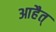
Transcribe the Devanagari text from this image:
आहैत्